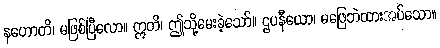
နဟောတိ၊ မဖြစ်ပြီလော။ ဣတိ၊ ဤသို့မေးခဲ့သော်။ ဌပနီယော၊ မဖြေဘဲထားအပ်သော။